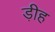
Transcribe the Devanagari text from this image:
ड़ीह